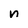
Character: n